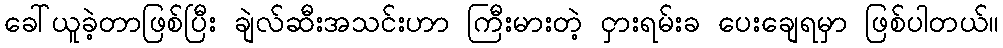
ခေါ်ယူခဲ့တာဖြစ်ပြီး ချဲလ်ဆီးအသင်းဟာ ကြီးမားတဲ့ ငှားရမ်းခ ပေးချေရမှာ ဖြစ်ပါတယ်။